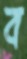
ব